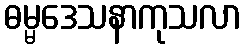
ဓမ္မဒေသနာကုသလာ